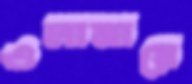
ওলামায়ে